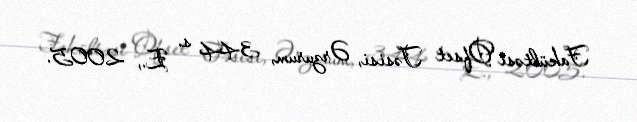
Fakültəsi Ofset Təsisi, Ərzurum, 344 s. E., 2005.